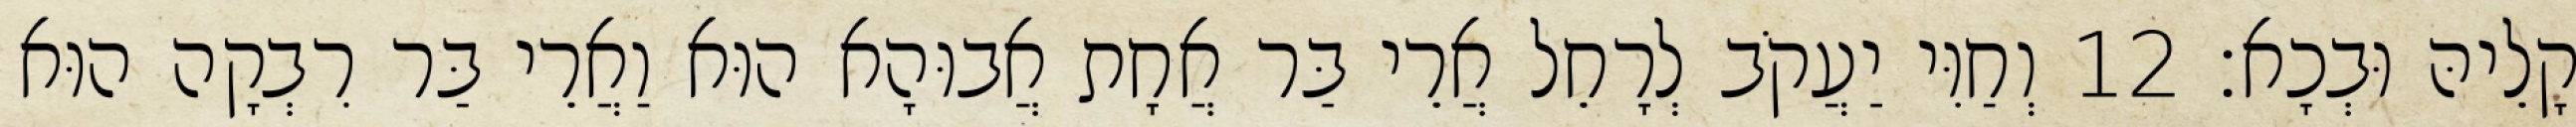
קָלֵיהּ וּבְכָא׃ 12 וְחַוִּי יַעֲקֹב לְרָחֵל אֲרֵי בַּר אֲחָת אֲבוּהָא הוּא וַאֲרֵי בַּר רִבְקָה הוּא